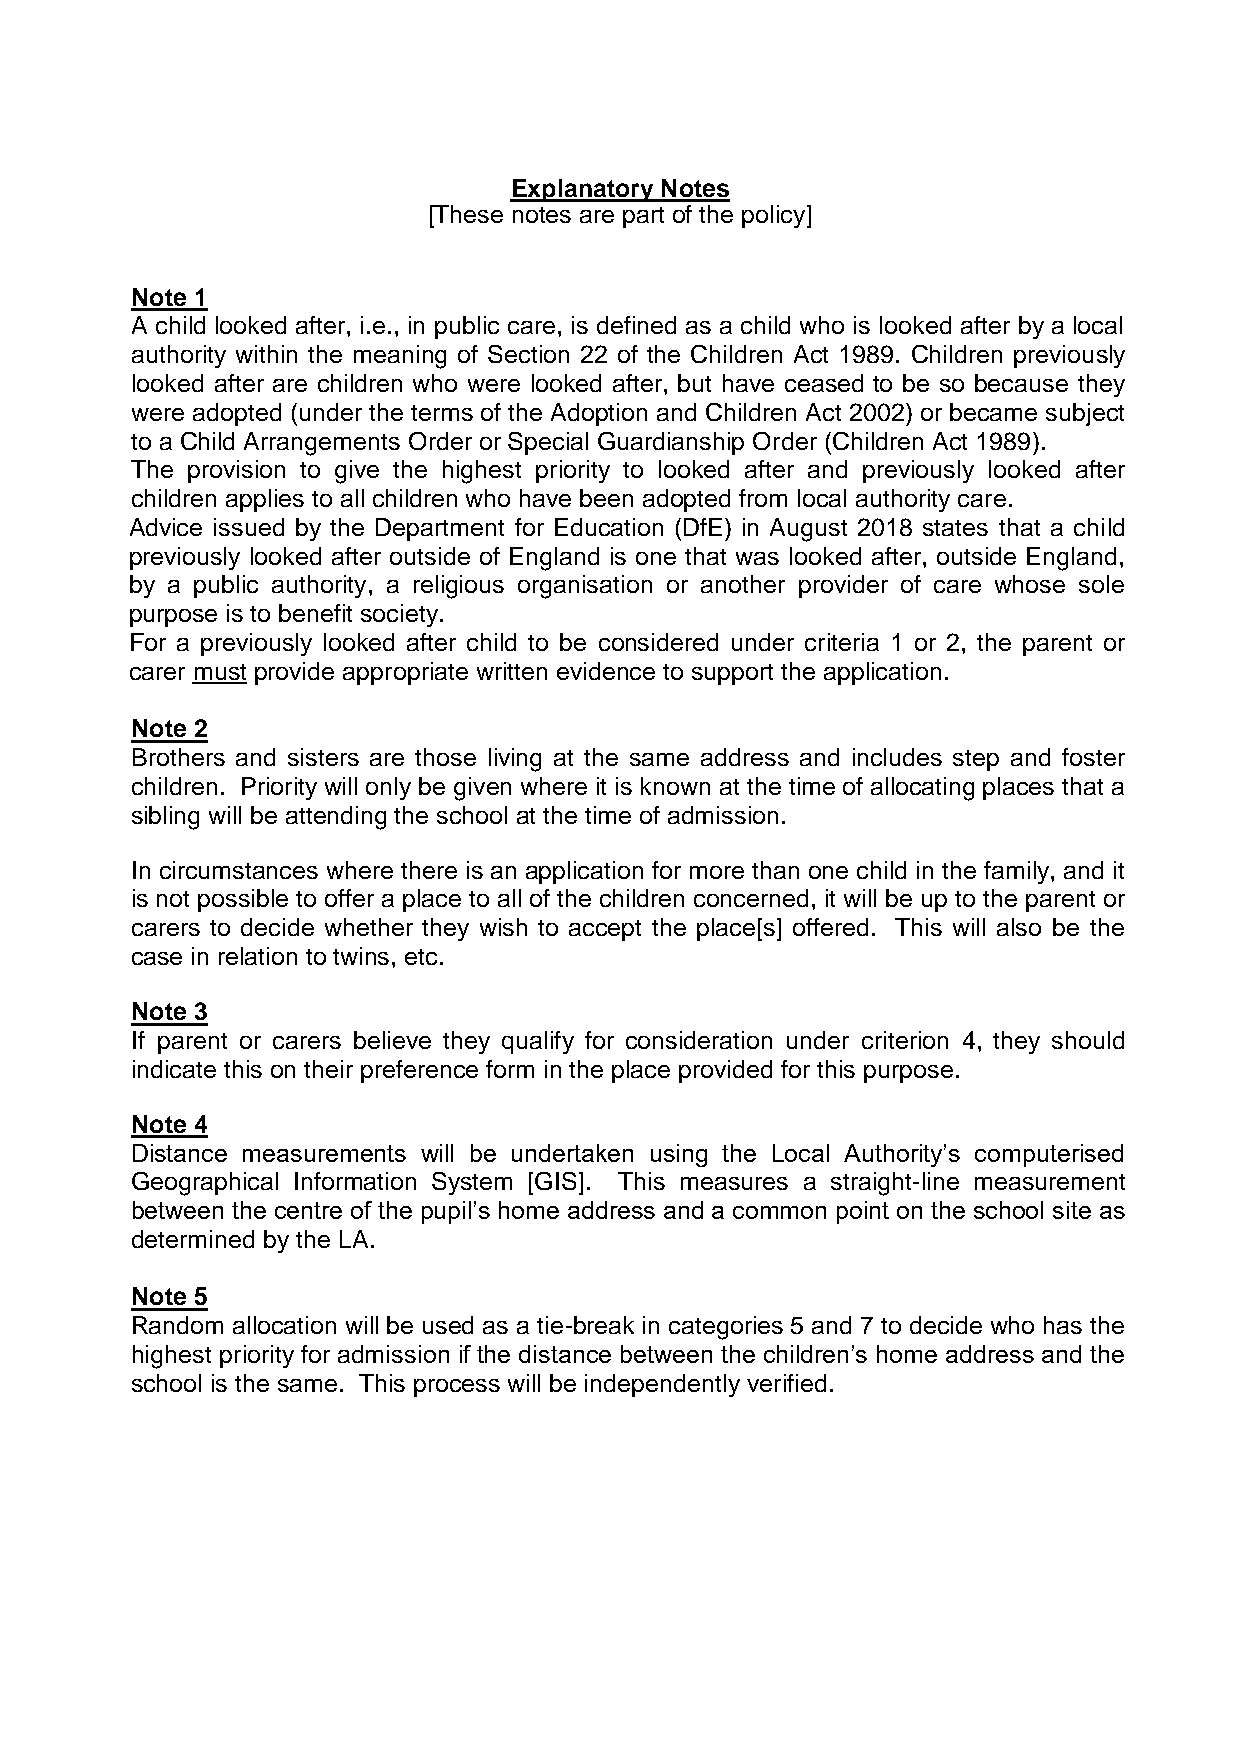
Explanatory Notes
 [These notes are part of the policy]
 Note 1
 A child looked after, i.e., in public care, is defined as a child who is looked after by a local
 authority within the meaning of Section 22 of the Children Act 1989. Children previously
 looked after are children who were looked after, but have ceased to be so because they
 were adopted (under the terms of the Adoption and Children Act 2002) or became subject
 to a Child Arrangements Order or Special Guardianship Order (Children Act 1989).
 The provision to give the highest priority to looked after and previously looked after
 children applies to all children who have been adopted from local authority care.
 Advice issued by the Department for Education (DfE) in August 2018 states that a child
 previously looked after outside of England is one that was looked after, outside England,
 by a public authority, a religious organisation or another provider of care whose sole
 purpose is to benefit society.
 For a previously looked after child to be considered under criteria 1 or 2, the parent or
 carer must provide appropriate written evidence to support the application.
 Note 2
 Brothers and sisters are those living at the same address and includes step and foster
 children. Priority will only be given where it is known at the time of allocating places that a
 sibling will be attending the school at the time of admission.
 In circumstances where there is an application for more than one child in the family, and it
 is not possible to offer a place to all of the children concerned, it will be up to the parent or
 carers to decide whether they wish to accept the place[s] offered. This will also be the
 case in relation to twins, etc.
 Note 3
 If parent or carers believe they qualify for consideration under criterion 4, they should
 indicate this on their preference form in the place provided for this purpose.
 Note 4
 Distance measurements will be undertaken using the Local Authority’s computerised
 Geographical Information System [GIS]. This measures a straight-line measurement
 between the centre of the pupil’s home address and a common point on the school site as
 determined by the LA.
 Note 5
 Random allocation will be used as a tie-break in categories 5 and 7 to decide who has the
 highest priority for admission if the distance between the children’s home address and the
 school is the same. This process will be independently verified.